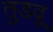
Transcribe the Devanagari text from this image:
तुडवू